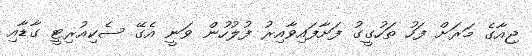
ޖިއާގެ މަރަށް ފަހު ތަހުގީގު ފަށާފައިވާއިރު ފުލުހުން ވަނީ އެގޭ ސެކިއުރިޓީ ގާޑާއި